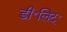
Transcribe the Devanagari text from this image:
डी॰लिट्॰